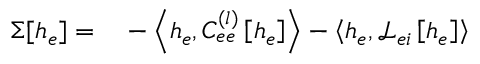
\begin{array} { r l } { \Sigma [ h _ { e } ] = } & { { } - \left< h _ { e } , C _ { e e } ^ { ( l ) } \left[ h _ { e } \right] \right> - \left< h _ { e } , \mathcal { L } _ { e i } \left[ h _ { e } \right] \right> } \end{array}